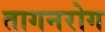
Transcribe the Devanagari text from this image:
तागनरोग